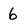
Character: 6